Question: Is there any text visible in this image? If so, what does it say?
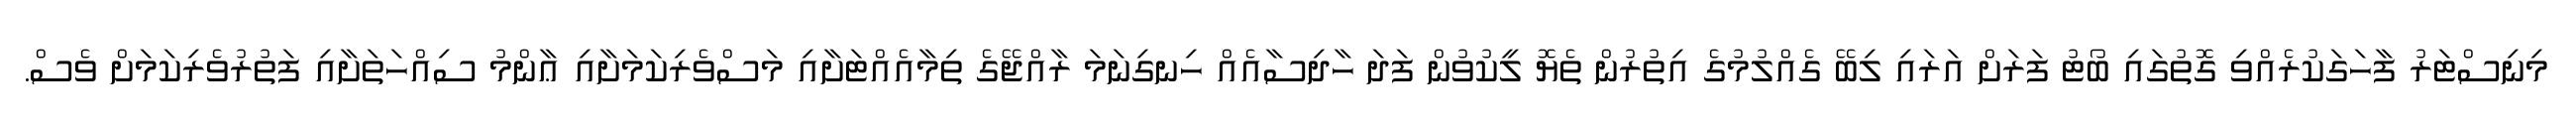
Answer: މިނިސްޓަރު ފާހަގަކުރެއްވި ގޮތުގައި ބޯޓު ފަރަށް އަރައި ލިބޭ ގެއްލުމުގެ އިތުރުން ތެޔޮ ލީކުވުން ފަދަ ހާދިސާއެއް ހިނގިނަމަ ރާއްޖޭގެ ތިމާއެއްޓަށާއި މަސްވެރިކަމަށާއި ޢާންމު ސިއްހަތަށާއި ފަތުރުވެރިކަމަށް ވެސް.